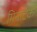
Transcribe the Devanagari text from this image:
मिनाटेक